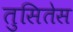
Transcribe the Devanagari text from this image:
तुसितेस